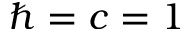
\hbar = c = 1